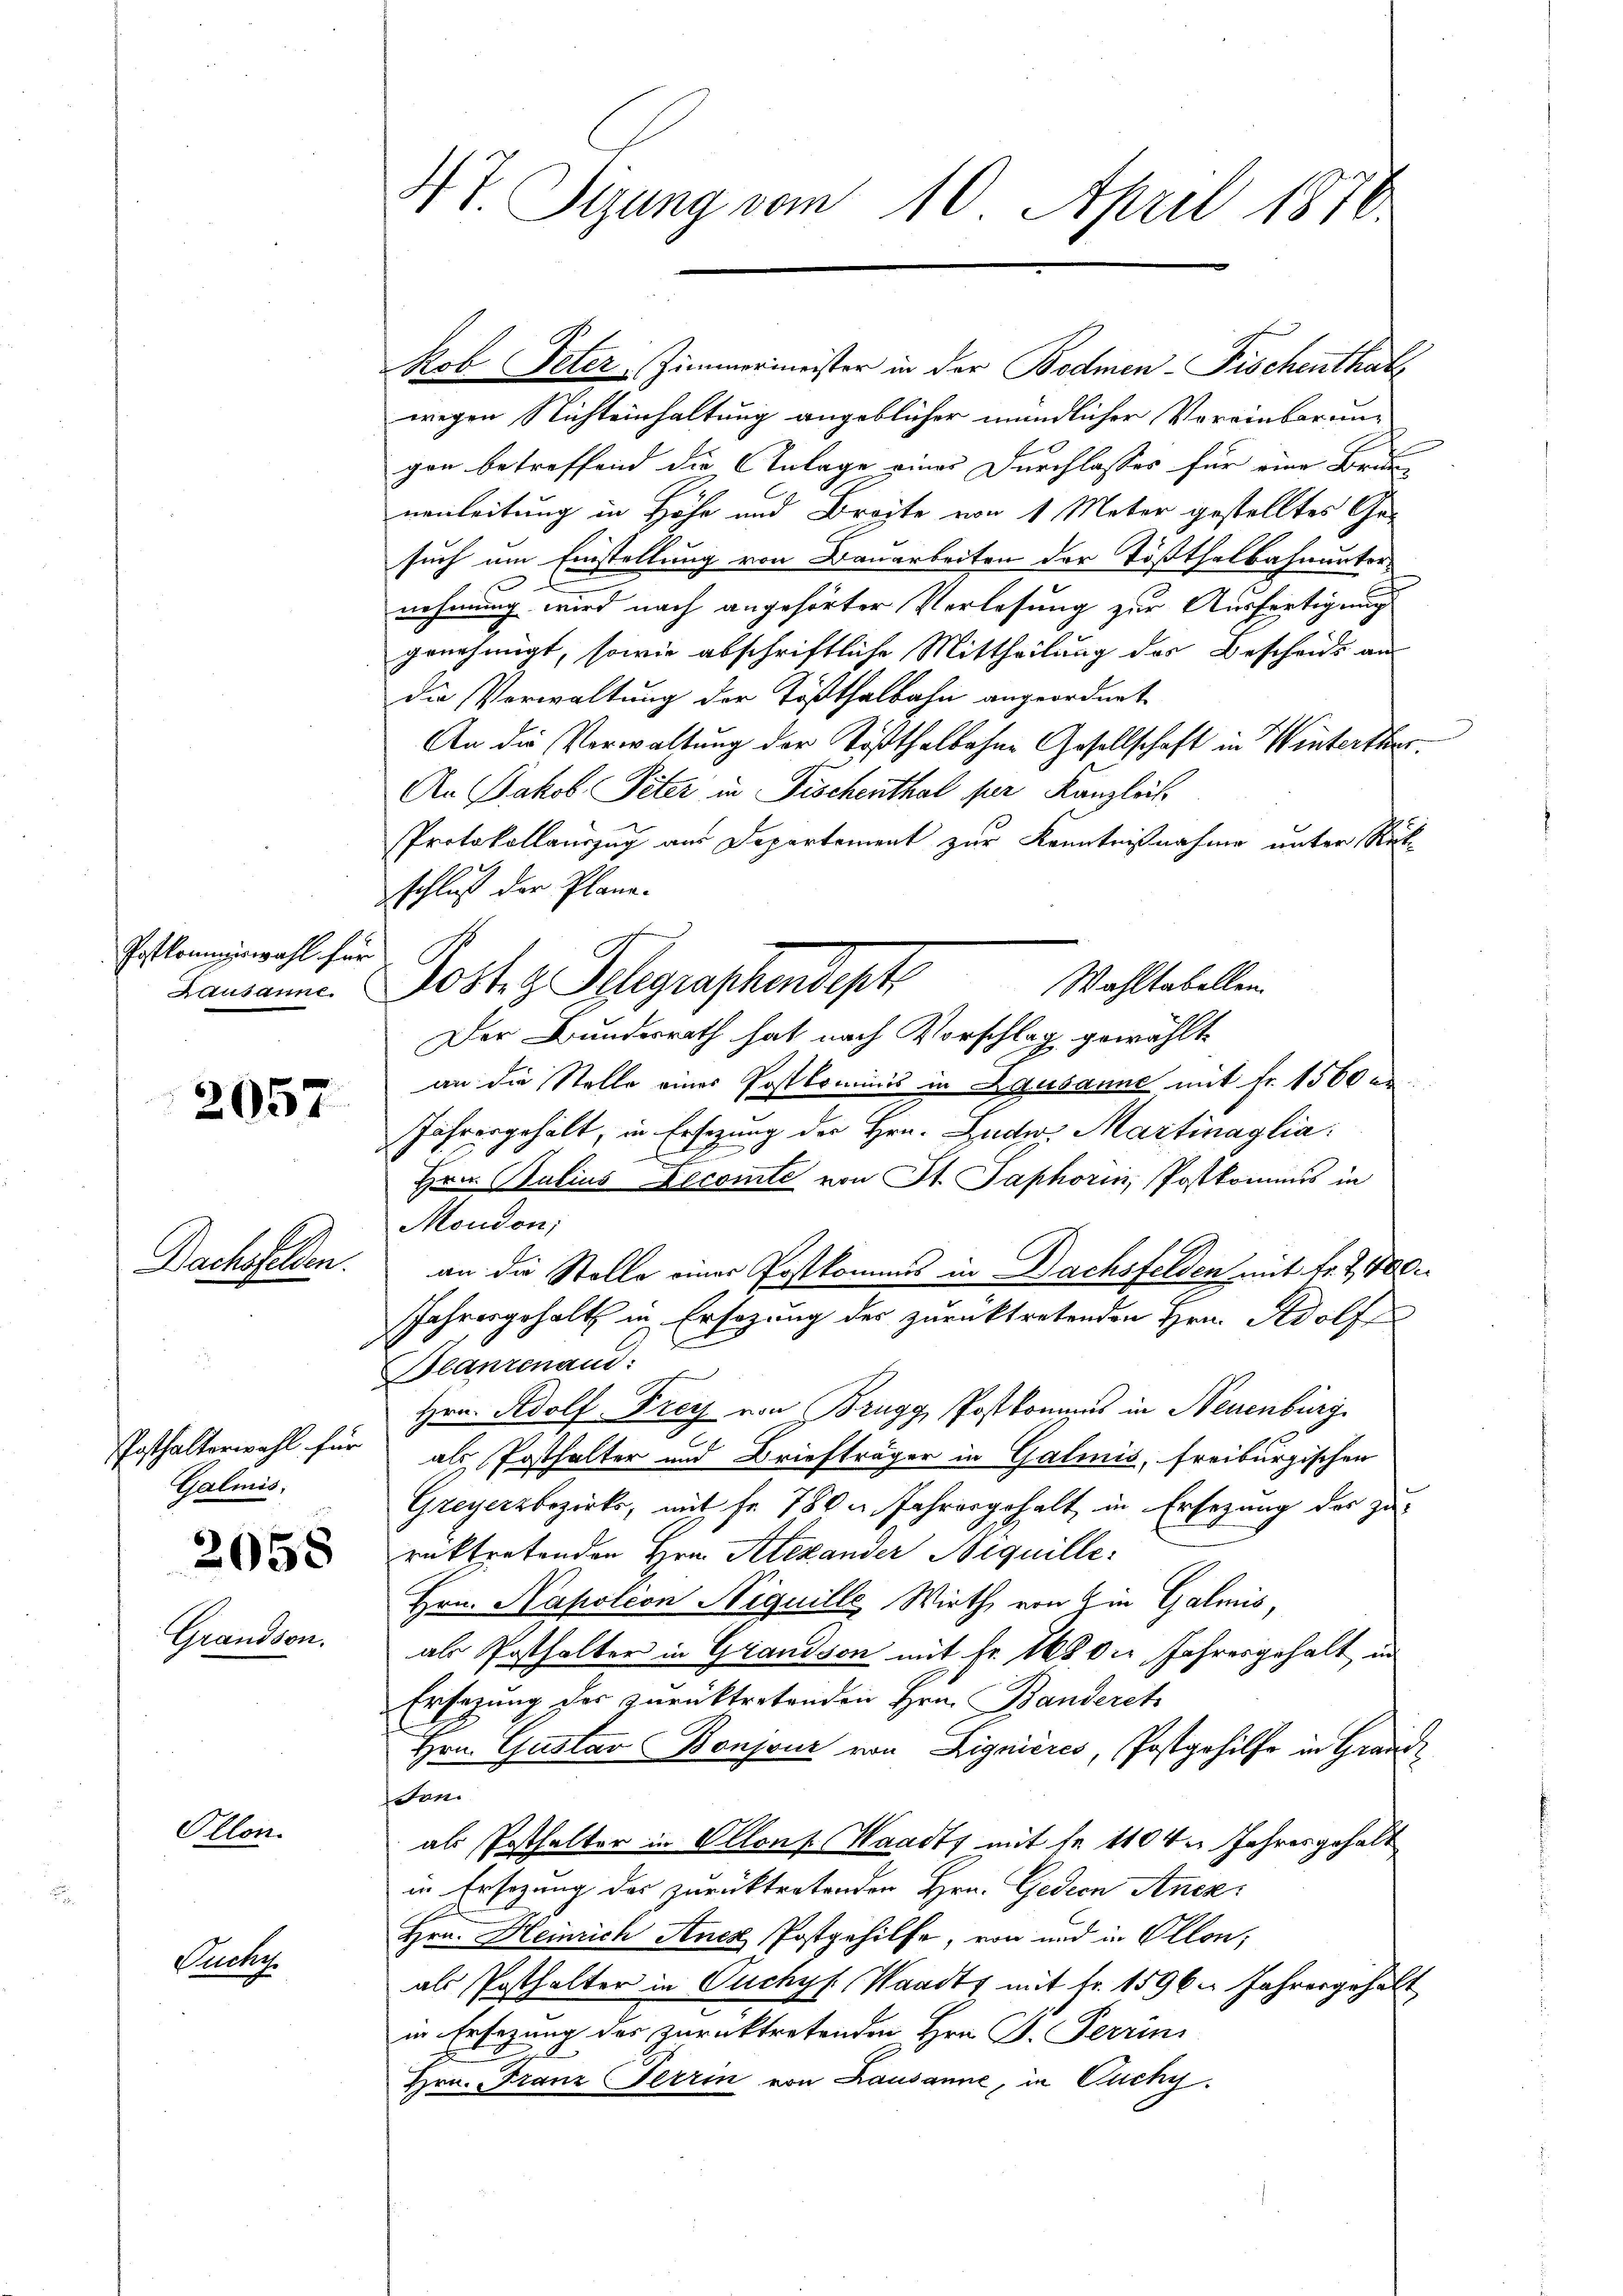
Postkommiswahl für

2057

Dachsfelden.

Posthalterwahl für
Galmis.

2058

Grandson.

Ollon

Pucht.

47 Sizung vom 10. April 1870.

Wahltabellen.
Lausanne. Post z. Telegraschendept

Rob Peter, Zimmermeister in der Bodmen-Fischenthats
wegen Nichteinhaltung angeblicher mündlicher Voreinbarungen betreffend die Anlage einer Durchlasses für eine Brunnenleitung in Höhe und Breite von 1 Meter gestelltes Gesuch am Einstellung von Bauarbeiten der Tößthalbahnunternehmung wird nach angehörter Verlesung zur Ausfertigung
genehmigt, sowie abschriftliche Mittheilung des Bescheids an
die Verwaltung der Tößthalbahn angeordnet
An die Verwaltung der Tößthalbahne Gesellschaft in Winterthei¬
An Jakob Peter in Fischenthal für Kanzlich
Protokollauszug am Departement zur Kenntnißnahme unter Rükschluß der Plane.
Der Bundesrath hat nach Vorschlag gewählt
an die Stelle eines Postkommnis in Lausanne mit Fr. 1500 es
Jahresgehält, in Ersezung der Hrn. Zude. Martinaglia.
.
Hrn. Julius Decomte von St. Saphorin Postkommis in
Moudon;
an die Stelle einer Postkommis in Bachsfelden mit fr. 7, 400
Jahresgehalt in Ersezung des zurücktretenden Hrn. Adolf
Beanzenau:
Hrn. Adolf Frey von Brugg, Postkommnis in Neuenburg
als Posthalter und Briefträger in Galmis, freiburgischen
Greyerzbezirks, mit fr. 780 u. Jahrergehalt in Ersezung des zu-
rücktretenden Hrn. Alexander Bequille¬
Hrn. Napoléon Niquille Wirth von Ein Galmis,
als Posthalter in Grandson mit Fr. 168 die Jahresgehalt in
Ersezung des zurücktretenden Hrn. Banderet
Hrn. Gustav Bonjour von Lignières, Postgehilfe in Grande
son.
als Pathalter in Ollons Waadt mit je 1104 n Jahresgehalt
in Ersezung des zurücktretenden Hrn. Gedien Aner¬
Hrn. Heinrich Ancz Postgehilfe, von und in Ollon,
als Posthalter in Ouchyf Waadt mit Fr. 1596. Jahresgehalt
in Ersezung der zurücktretenden Hrn. J. Ferrin
Hrn. Franz Terrin von Lausanne, in Cichy.